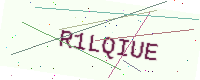
Text: R1LQIUE